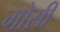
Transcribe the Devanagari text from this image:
गोसी